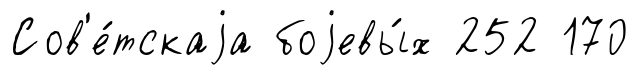
Сов'е́тскаjа боjевы́х 252 170